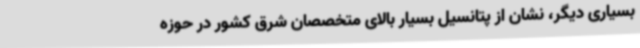
بسیاری دیگر، نشان از پتانسیل بسیار بالای متخصصان شرق کشور در حوزه